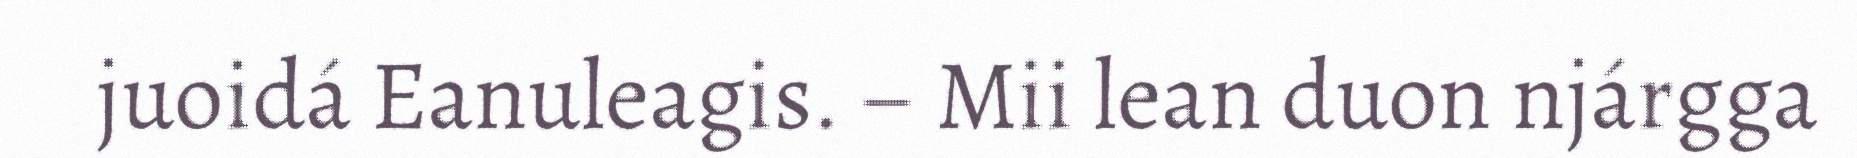
juoidá Eanuleagis. – Mii lean duon njárgga